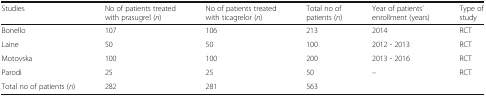
<table><thead><tr><td><b>Studies</b></td><td><b>No of patients treated with prasugrel (<i>n</i>)</b></td><td><b>No of patients treated with ticagrelor (<i>n</i>)</b></td><td><b>Total no of patients (<i>n</i>)</b></td><td><b>Year of patients’ enrollment (years)</b></td><td><b>Type of study</b></td></tr></thead><tbody><tr><td>Bonello</td><td>107</td><td>106</td><td>213</td><td>2014</td><td>RCT</td></tr><tr><td>Laine</td><td>50</td><td>50</td><td>100</td><td>2012 - 2013</td><td>RCT</td></tr><tr><td>Motovska</td><td>100</td><td>100</td><td>200</td><td>2013 - 2016</td><td>RCT</td></tr><tr><td>Parodi</td><td>25</td><td>25</td><td>50</td><td>–</td><td>RCT</td></tr><tr><td>Total no of patients (<i>n</i>)</td><td>282</td><td>281</td><td>563</td><td></td><td></td></tr></tbody></table>